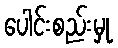
ပေါင်းစည်းမှု